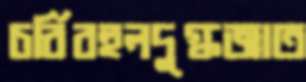
চর্বিবহুলদুগ্ধজাত